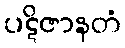
ပဋိဇာနတံ